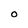
Character: O